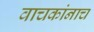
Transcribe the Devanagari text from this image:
वाचकांनाच